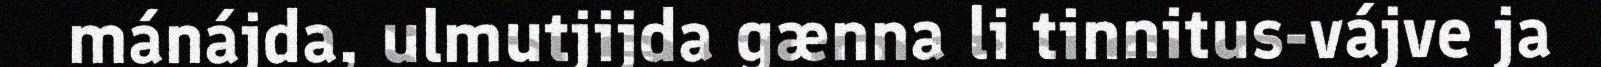
mánájda, ulmutjijda gænna li tinnitus-vájve ja